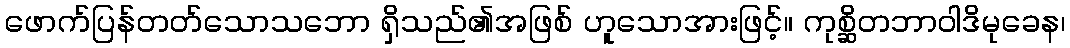
ဖောက်ပြန်တတ်သောသဘော ရှိသည်၏အဖြစ် ဟူသောအားဖြင့်။ ကုစ္ဆိတဘာဝါဒိမုခေန၊